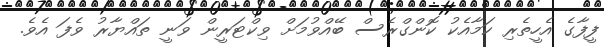
ފީފާގެ އެހީތެރި ކަމާއެކު ކޮންގްރެސް ބޭއްވުމަށް ވިކްޓަރީން ވަނީ ތައްޔާރު ވެފަ އެވެ.